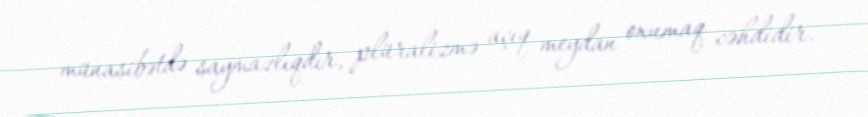
münasibətdə saymazlıqdır, plüralizmə açıq meydan oxumaq cəhdidir.